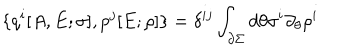
LaTeX: \{ q ^ { i } [ A , E ; \sigma ] , p ^ { j } [ E ; \rho ] \} = \delta ^ { i j } \int _ { \partial \Sigma } d \theta \sigma ^ { i } \partial _ { \theta } \rho ^ { i }